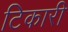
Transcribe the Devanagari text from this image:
टिकारी